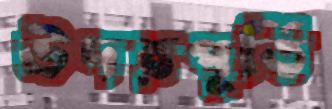
উদরপূর্তি